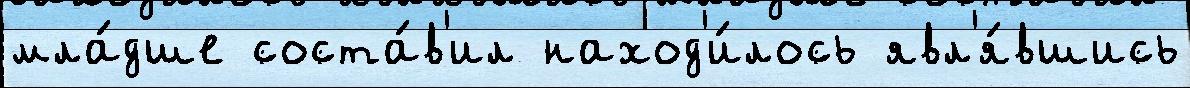
мла́дше соста́в'ил наход'и́лось явл'я́вшись